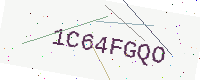
Text: 1C64FGQO